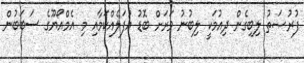
ފުރުޞަތު ލިބިގެން ދިއުމަކީ ލިބުނު ވަރަށް ބޮޑު އުފަލެއްކަމާއި މި އެމްއޯޔޫގެ ސަބަބުން